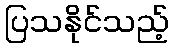
ပြသနိုင်သည့်